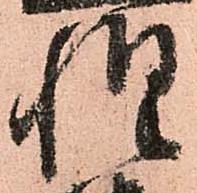
惶